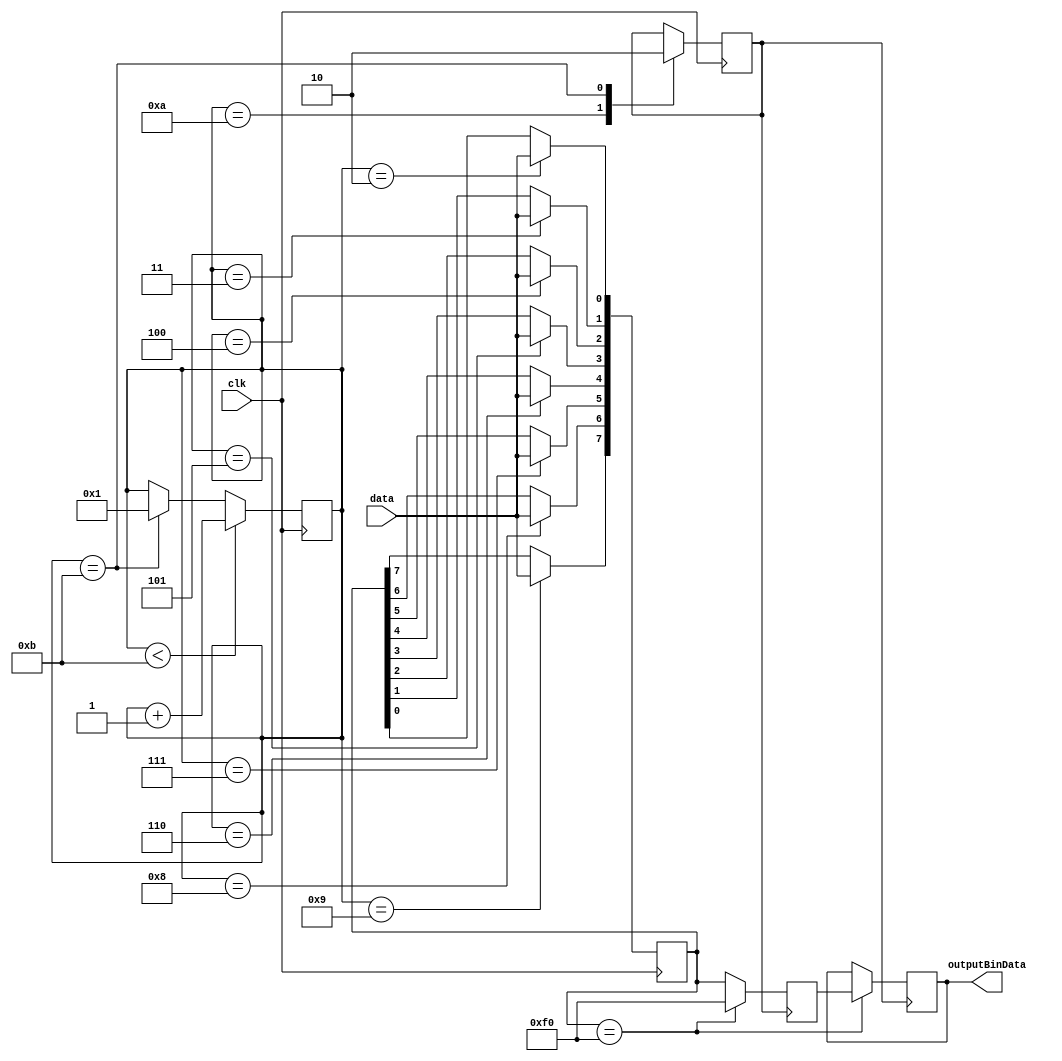
module keyboard( clk, data, outputBinData);
	//This module takes in a code from a key press and outputs the binary code for said key when the key is released
	//a case statement is needed to sync the the input clock with the input pin, on each negedge of the clock the corresponding bit is loaded into the proper place.
	//bits 10 and 11 are used to compare the stored data to see if it is the released code, if its not it is stored for later use.
	//the bits are only outputted from the module when the released code is sent to the module.
	//The module constantly outputs the stopcode until the key is released, then it sends one instance of the keycode, then resets the module back to the stopcode.
	input wire data;
	input wire clk;
	output reg[7:0] outputBinData;
	
	
	reg [7:0] bitInfo;//handles the incoming data
	reg [7:0] storage;
	reg [3:0] b;//4 bit counter to cycle though the case statements
	reg endSwitch;//used to compare the info in the output loop
	
	initial
	begin
	bitInfo <= 8'hf0;
	storage <= 8'hf0;
	b <= 1'h1;
	endSwitch <= 1'b0;
	end
	
	always@(negedge clk)
	begin
	//we dont need bit 1 here as everything is happening on the negedge of the clock
	//bits 2-7 are the information from the keyboard
	//bits 10 and 11 are to activate the posedge so that the data can be compared.
	case(b)
	2:bitInfo[0] <= data;
	3:bitInfo[1] <= data;
	4:bitInfo[2] <= data;
	5:bitInfo[3] <= data;
	6:bitInfo[4] <= data;
	7:bitInfo[5] <= data;
	8:bitInfo[6] <= data;
	9:bitInfo[7] <= data;
	10:endSwitch <= 1'b1;
	11:endSwitch <= 1'b0;
	endcase
	
	//this is used to cycle between bits 1 and 11, bit 1 is included to make the negedge of the clock is available for bit 2
	if(b < 11) 
		b <= b + 1;
	else if(b == 11)
		b <= 1;	
	end
	
	always@(posedge endSwitch)
	//stores the binary data of the key then only releases it as soon as the released code is inputted
	begin	
	if(bitInfo == 8'hf0) // f0 is the stop code for when the key is released\
		begin
		outputBinData = storage;
		//outputBinData = 8'hf0;
		storage = 8'hf0;
		end
	else//stores the value of the key pressed as long as its not the release code
		storage <= bitInfo;	
	end
		

endmodule